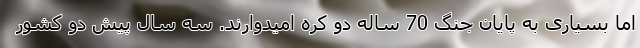
اما بسیاری به پایان جنگ 70 ساله دو کره امیدوارند. سه سال پیش دو کشور